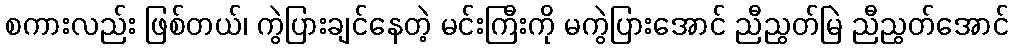
စကားလည်း ဖြစ်တယ်၊ ကွဲပြားချင်နေတဲ့ မင်းကြီးကို မကွဲပြားအောင် ညီညွတ်မြဲ ညီညွတ်အောင်